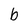
Character: b